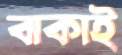
বাকাই